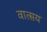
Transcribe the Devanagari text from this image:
वात्सय